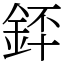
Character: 銔